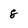
Character: 8